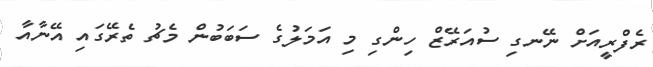
ރެފްރީއަށް ނޭނގި ސުއަރޭޒް ހިންގި މި އަމަލުގެ ސަބަބުން މެޗު ތެރޭގައި އޭނާއާ